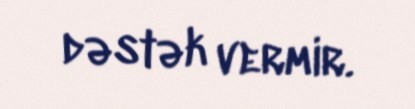
dəstək vermir.